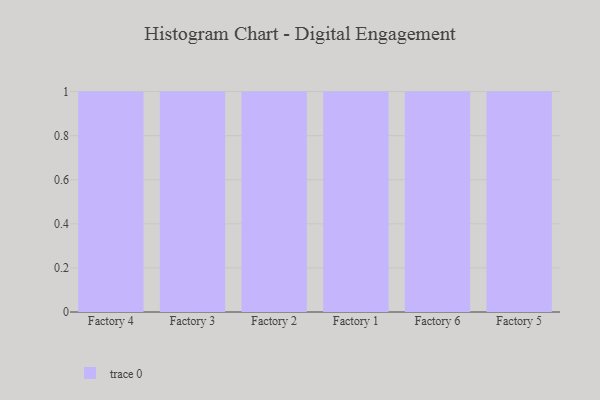
{"axis": {"x": "Factory", "y": "Temperature (°C)"}, "legend": [""], "data": [{"x": "Factory 4", "y": 99, "type": ""}, {"x": "Factory 3", "y": 6, "type": ""}, {"x": "Factory 2", "y": 94, "type": ""}, {"x": "Factory 1", "y": 78, "type": ""}, {"x": "Factory 6", "y": 40, "type": ""}, {"x": "Factory 5", "y": 70, "type": ""}]}